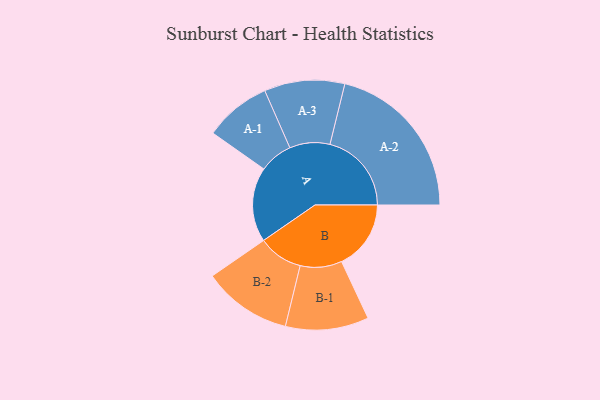
{"axis": {"x": "Segment", "y": "Value"}, "legend": ["", "A", "B"], "data": [{"x": "A", "y": 271, "type": ""}, {"x": "B", "y": 252, "type": ""}, {"x": "A-1", "y": 121, "type": "A"}, {"x": "A-2", "y": 296, "type": "A"}, {"x": "A-3", "y": 146, "type": "A"}, {"x": "B-1", "y": 151, "type": "B"}, {"x": "B-2", "y": 162, "type": "B"}]}